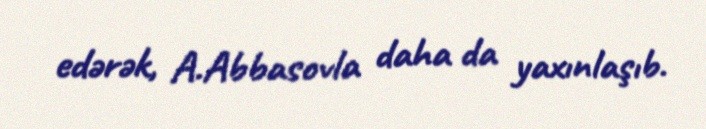
edərək, A.Abbasovla daha da yaxınlaşıb.